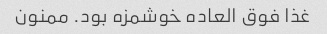
غذا فوق العاده خوشمزه بود. ممنون